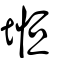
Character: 𡍷